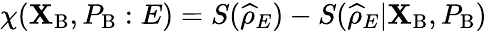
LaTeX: \chi(\mathbf{X}_{\mathrm{{B}}},P_{\mathrm{{B}}}:E)=S(\widehat{{\rho}}_{E})-S(\widehat{{\rho}}_{E}|\mathbf{X}_{\mathrm{{B}}},P_{\mathrm{{B}}})